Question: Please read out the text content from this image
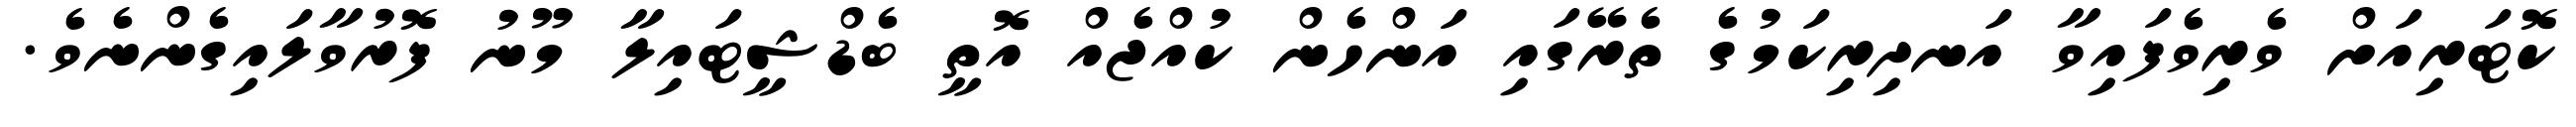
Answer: ކޮޓަރިއަށް ވެރިވެފައިވާ އަނދިރިކަމުގެ ތެރޭގައި އަންހެން ކުއްޖެއް އޮތީ ބެޑްޝީޓައިލާ މޫނު ފޮރުވާލައިގެންނެވެ.